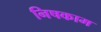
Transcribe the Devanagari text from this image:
निषकाम